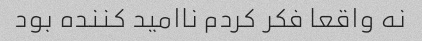
نه واقعا فکر کردم ناامید کننده بود